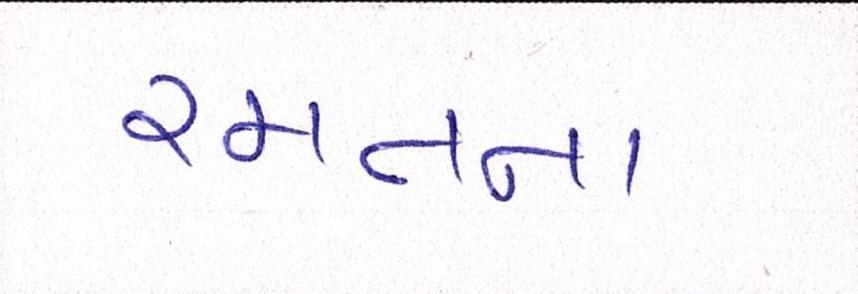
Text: રમતના